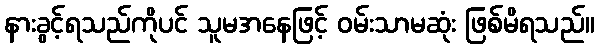
နားခွင့်ရသည်ကိုပင် သူမအနေဖြင့် ဝမ်းသာမဆုံး ဖြစ်မိရသည်။